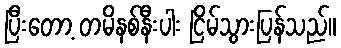
ပြီးတော့ တမိနစ်နီးပါး ငြိမ်သွားပြန်သည်။